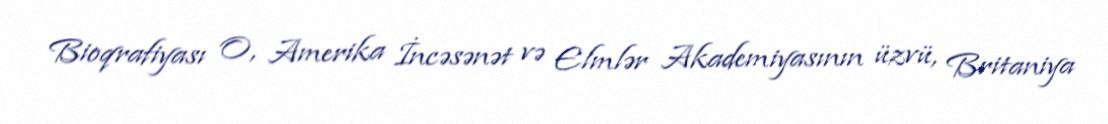
Bioqrafiyası O, Amerika İncəsənət və Elmlər Akademiyasının üzvü, Britaniya